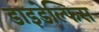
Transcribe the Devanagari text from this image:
डाइडेल्फिस